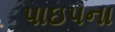
પાઇપના